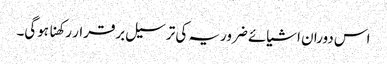
اس دوران اشیائے ضروریہ کی ترسیل برقرار رکھنا ہوگی۔